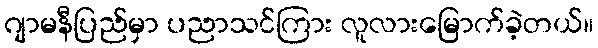
ဂျာမနီပြည်မှာ ပညာသင်ကြား လူလားမြောက်ခဲ့တယ်။